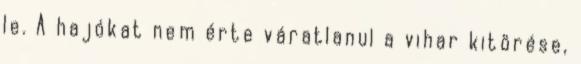
le. A hajókat nem érte váratlanul a vihar kitörése,